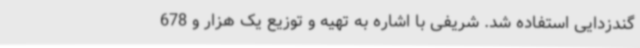
گندزدایی استفاده شد. شریفی با اشاره به تهیه و توزیع یک هزار و 678